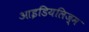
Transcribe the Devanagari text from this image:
आइडियलिज़्म